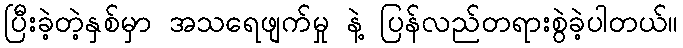
ပြီးခဲ့တဲ့နှစ်မှာ အသရေဖျက်မှု နဲ့ ပြန်လည်တရားစွဲခဲ့ပါတယ်။